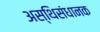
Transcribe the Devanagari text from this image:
अस्थिसंधानक